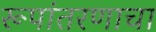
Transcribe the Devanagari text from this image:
रूपांतरणाचा